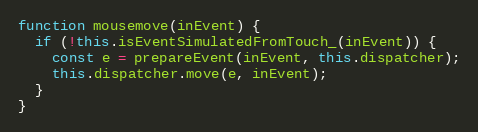
Language: JavaScript
function mousemove(inEvent) {
  if (!this.isEventSimulatedFromTouch_(inEvent)) {
    const e = prepareEvent(inEvent, this.dispatcher);
    this.dispatcher.move(e, inEvent);
  }
}